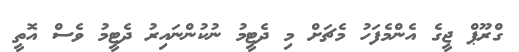
ގްރޫޕް ޖީގެ އެންމެފަހު މެޗަށް މި ދެޓީމު ނުކުންނައިރު ދެޓީމު ވެސް އޮތީ